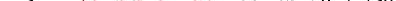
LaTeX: \smash{D_{s}\equiv\ensuremath{\mathrm{\ textsl{v}}_{0}}^{2}/\gamma_{s0}}